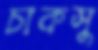
চাকসু